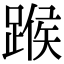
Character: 𨂸